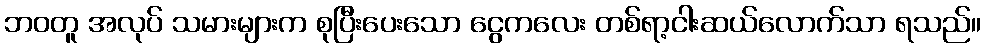
ဘဝတူ အလုပ် သမားများက စုပြီးပေးသော ငွေကလေး တစ်ရာ့ငါးဆယ်လောက်သာ ရသည်။